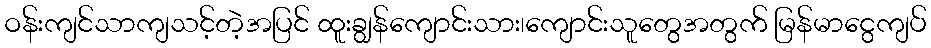
ဝန်းကျင်သာကျသင့်တဲ့အပြင် ထူးချွန်ကျောင်းသား၊ကျောင်းသူတွေအတွက် မြန်မာငွေကျပ်